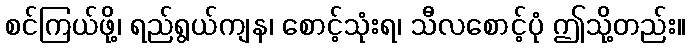
စင်ကြယ်ဖို့၊ ရည်ရွယ်ကျန၊ စောင့်သုံးရ၊ သီလစောင့်ပုံ ဤသို့တည်း။